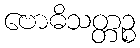
ဗောဓိသတ္တဉ္စ